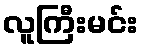
လူကြီးမင်း